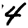
Digit: 4